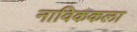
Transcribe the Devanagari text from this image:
नाविककला